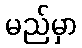
မည်မှာ